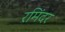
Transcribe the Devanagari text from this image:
रमिंदर